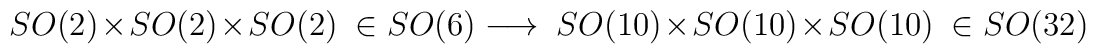
SO(2)\times SO(2)\times SO(2)\ \in SO(6)\longrightarrow \ SO(10)\times SO(10)\times SO(10)\ \in SO(32)